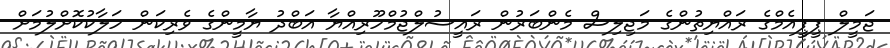
ޖަމީލް ޕީޕީއެމްގެ ރައްޔިތުންގެ މަޖިލިސް މެންބަރުން ރައީސުލްޖުމްހޫރިއްޔާ އަބްދު ޔާމީންގެ ވެރިކަން ހަލާކުކޮށްލުމަށް